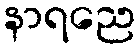
နာရညေ